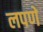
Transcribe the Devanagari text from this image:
लपणे